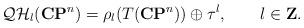
LaTeX: \begin{align*}{\cal QH}_l({\bf CP}^n)=\rho_l(T({\bf CP}^n)) \oplus \tau^l, \qquad l\in {\bf Z}.\end{align*}